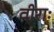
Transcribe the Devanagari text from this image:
वीराः